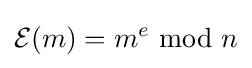
{\mathcal {E}}(m)=m^{e}\;{\bmod {\;}}n